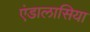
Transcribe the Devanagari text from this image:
एंडालासिया